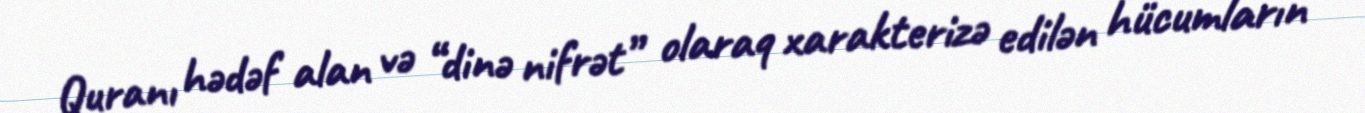
Quranı hədəf alan və “dinə nifrət” olaraq xarakterizə edilən hücumların